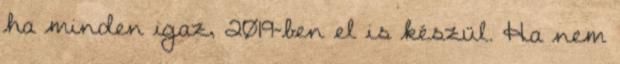
ha minden igaz, 2019-ben el is készül. Ha nem